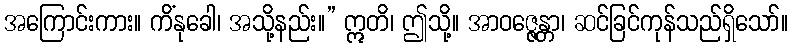
အကြောင်းကား။ ကိံနုခေါ၊ အသို့နည်း။” ဣတိ၊ ဤသို့။ အာဝဇ္ဇေန္တာ၊ ဆင်ခြင်ကုန်သည်ရှိသော်။